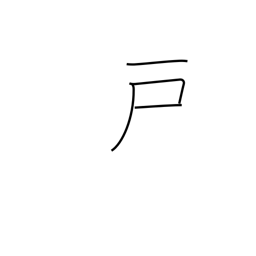
Meaning: door